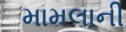
મામલાની